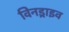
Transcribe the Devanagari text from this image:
विनड्राइव